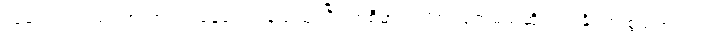
လူတွေကလည်း အလားတူ နေရောင်ခြည်သုံးပြီး ကစီဓာတ်လိုက်ထုတ်မယ်ဆိုရင် ရနိုင်တဲ့ စွမ်းအင်ရဲ့